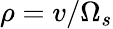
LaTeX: \rho=v/\Omega_{s}